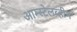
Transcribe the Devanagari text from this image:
आम्स्टेलव्हीन